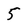
Character: 5